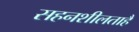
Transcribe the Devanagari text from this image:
सहनशीलताहै